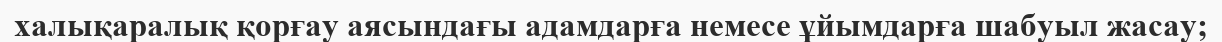
халықаралық қорғау аясындағы адамдарға немесе ұйымдарға шабуыл жасау;